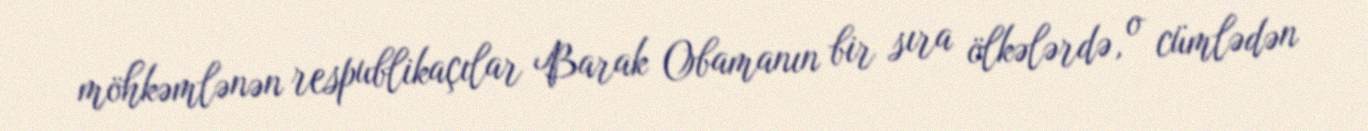
möhkəmlənən respublikaçılar Barak Obamanın bir sıra ölkələrdə, o cümlədən